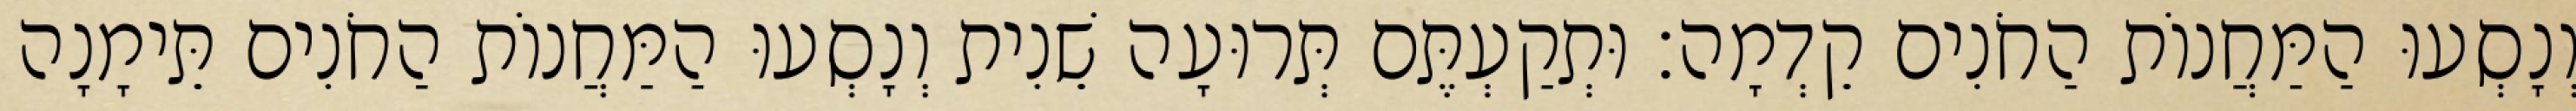
וְנָסְעוּ הַמַּחֲנוֹת הַחֹנִים קֵדְמָה׃ וּתְקַעְתֶּם תְּרוּעָה שֵׁנִית וְנָסְעוּ הַמַּחֲנוֹת הַחֹנִים תֵּימָנָה